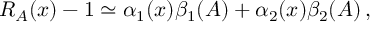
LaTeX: R _ { A } ( x ) - 1 \simeq \alpha _ { 1 } ( x ) \beta _ { 1 } ( A ) + \alpha _ { 2 } ( x ) \beta _ { 2 } ( A ) \, ,